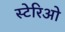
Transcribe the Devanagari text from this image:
स्टेरिओ